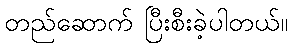
တည်ဆောက် ပြီးစီးခဲ့ပါတယ်။